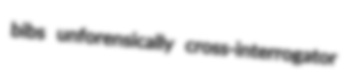
bibs unforensically cross-interrogator